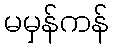
မမှန်ကန်